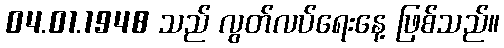
04.01.1948 သည် လွတ်လပ်ရေးနေ့ ဖြစ်သည်။